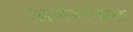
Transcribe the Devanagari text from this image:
अनस्टेबल